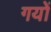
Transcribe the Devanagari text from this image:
गयों